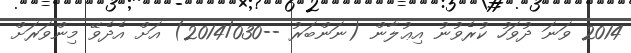
2014 ވަނަ ދުވަހު ކުރެވުނު އިޢުލާން (ނަންބަރު --2014/030) އަށް އެދެވޭ މިންވަރަށް